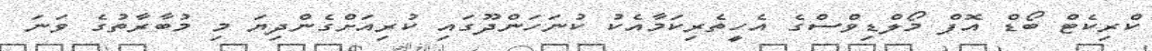
ކްރިކެޓް ބޯޑް އޮފް މޯލްޑިވްސްގެ އެހީތެރިކަމާއެކު ކުނަހަންދޫގައި ކުރިއަށްގެންދިޔަ މި މުބާރާތުގެ ވަނަ